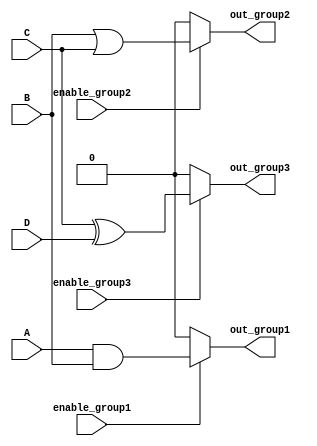
module combinational_logic (
    input wire A,
    input wire B,
    input wire C,
    input wire D,
    input wire enable_group1,
    input wire enable_group2,
    input wire enable_group3,
    output wire out_group1,
    output wire out_group2,
    output wire out_group3
);

// Group 1: A AND B
assign out_group1 = enable_group1 ? (A & B) : 1'b0;

// Group 2: B OR C (overlaps with Group 1)
assign out_group2 = enable_group2 ? (B | C) : 1'b0;

// Group 3: C XOR D (overlaps with Group 2)
assign out_group3 = enable_group3 ? (C ^ D) : 1'b0;

endmodule